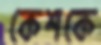
কেশকে